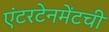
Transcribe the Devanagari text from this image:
एंटरटेनमेंटची